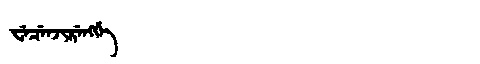
Manchu: ᠸᡝᠴᡝᠨᠵᡳᡵᡝᠩᡤᡝ
Romanization: WECENJIRENGGE